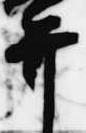
弁